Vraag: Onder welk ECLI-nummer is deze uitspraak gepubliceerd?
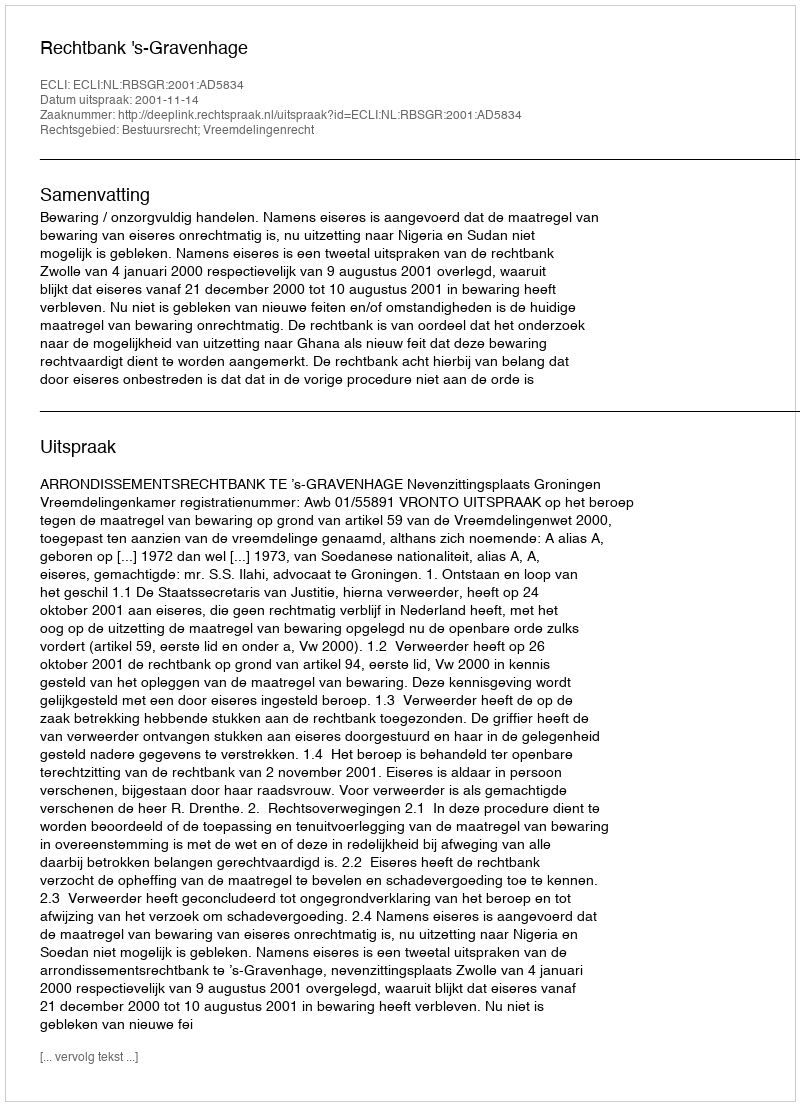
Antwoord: ECLI:NL:RBSGR:2001:AD5834